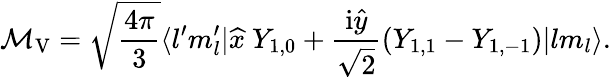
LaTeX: \mathcal{M}_{\mathrm{{V}}}=\sqrt{\frac{4\pi}{3}}\langle l^{\prime}m_{l}^{\prime}|\widehat{x}~Y_{1,0}+\frac{\mathrm{i}\widehat{y}}{\sqrt{2}}(Y_{1,1}-Y_{1,-1})|lm_{l}\rangle.